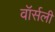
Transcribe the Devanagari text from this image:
वॉर्सली